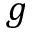
g